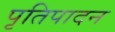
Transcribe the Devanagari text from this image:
पृतिपादन